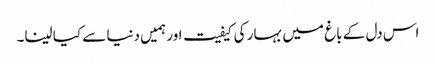
اس دل کے باغ میں بہار کی کیفیت اور ہمیں دنیا سے کیا لینا۔